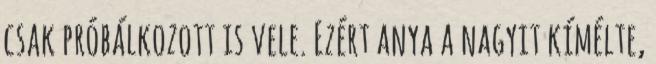
csak próbálkozott is vele. Ezért anya a nagyit kímélte,